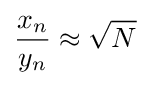
{\frac {x_{n}}{y_{n}}}\approx {\sqrt {N}}